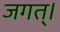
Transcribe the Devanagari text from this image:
जगत्।